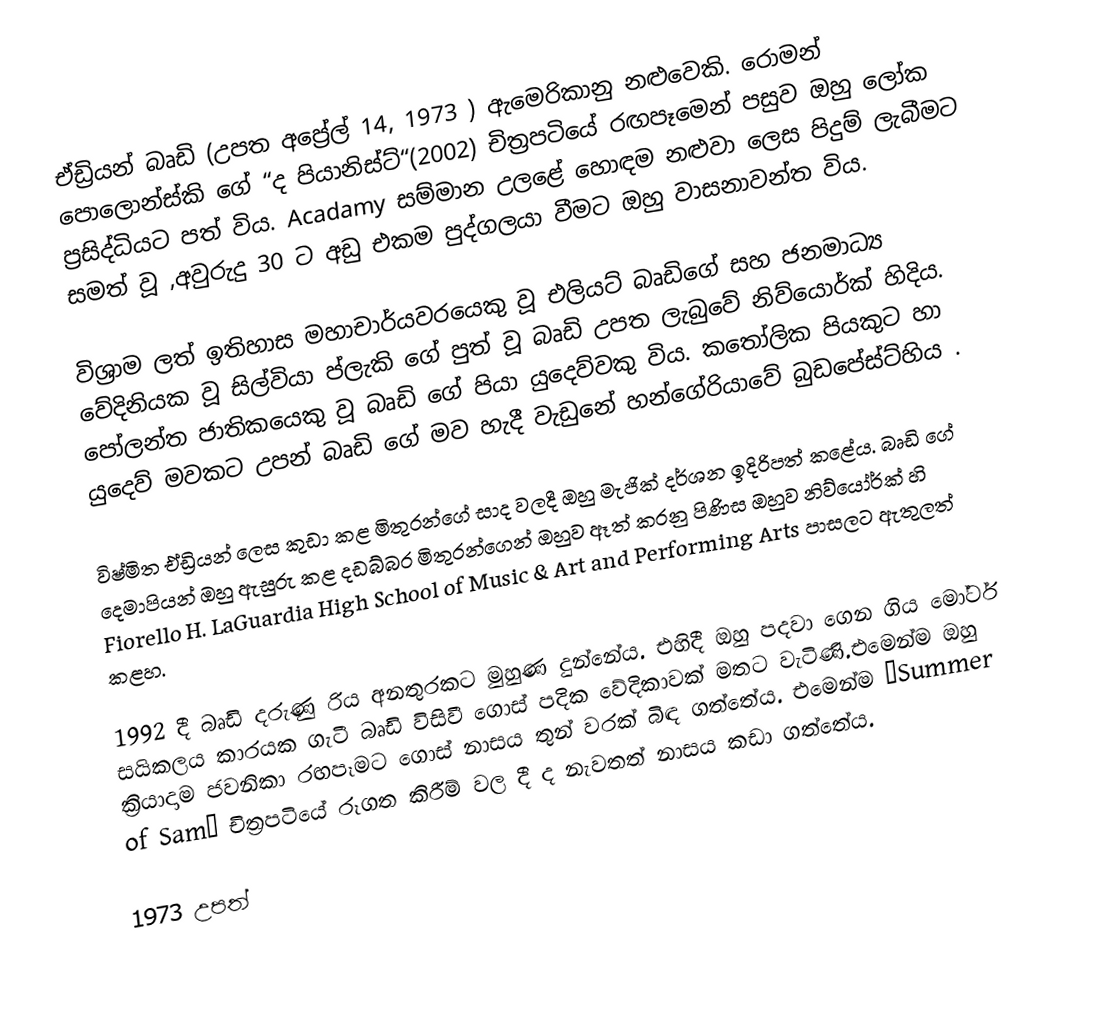
ඒඩ්‍රියන් බෘඩි (උපත අප්‍රේල් 14, 1973 ) ඇමෙරිකානු නළුවෙකි. රොමන් පොලොන්ස්කි ගේ  “ද පියානිස්ට්“(2002) චිත්‍රපටියේ රඟපෑමෙන් පසුව ඔහු ලෝක ප්‍රසිද්ධියට පත් විය. Acadamy සම්මාන උලළේ හොඳම නළුවා ලෙස පිදුම් ලැබීමට සමත් වූ ,අවුරුදු 30 ට අඩු එකම පුද්ගලයා වීමට ඔහු වාසනාවන්ත විය.

විශ්‍රාම ලත් ඉතිහාස මහාචාර්යවරයෙකු වූ එලියට් බෘඩිගේ සහ ජනමාධ්‍ය වේදිනියක වූ  සිල්වියා ප්ලැකි ගේ පුත් වූ බෘඩි උපත ලැබුවේ නිව්යොර්ක් හිදිය. පෝලන්ත ජාතිකයෙකු වූ බෘඩි ගේ පියා යුදෙව්වකු විය. කතෝලික පියකුට හා යුදෙව් මවකට උපන් බෘඩි ගේ මව හැදී වැඩුනේ හන්ගේරියාවේ බුඩපේස්ට්හිය .

විෂ්මිත ඒඩ්‍රියන් ලෙස කුඩා කළ මිතුරන්ගේ සාද වලදී ඔහු මැජික් දර්ශන ඉදිරිපත් කළේය. බෘඩි ගේ දෙමාපියන් ඔහු ඇසුරු කළ දඩබ්බර මිතුරන්ගෙන් ඔහුව ඈත් කරනු පිණිස ඔහුව නිව්යෝර්ක් හි Fiorello H. LaGuardia High School of Music & Art and Performing Arts පාසලට ඇතුලත් කළහ.

1992 දී බෘඩි දරුණු රිය අනතුරකට මුහුණ දුන්නේය. එහිදී ඔහු පදවා ගෙන ගිය මෝටර් සයිකලය කාරයක ගැටී බෘඩි විසිවී ගොස් පදික වේදිකාවක් මතට වැටිණි.එමෙන්ම ඔහු ක්‍රියාදාම ජවනිකා රඟපෑමට ගොස් නාසය තුන් වරක් බිඳ ගත්තේය. එමෙන්ම “Summer of Sam” චිත්‍රපටියේ රූගත කිරීම් වල දී ද නැවතත් නාසය කඩා ගත්තේය.

1973 උපත්